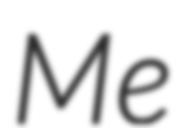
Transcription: Me